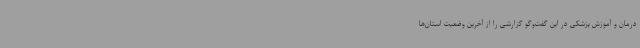
درمان و آموزش پزشکی در این گفت‌وگو گزارشی را از آخرین وضعیت استان‌ها